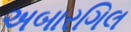
અબારગિલ